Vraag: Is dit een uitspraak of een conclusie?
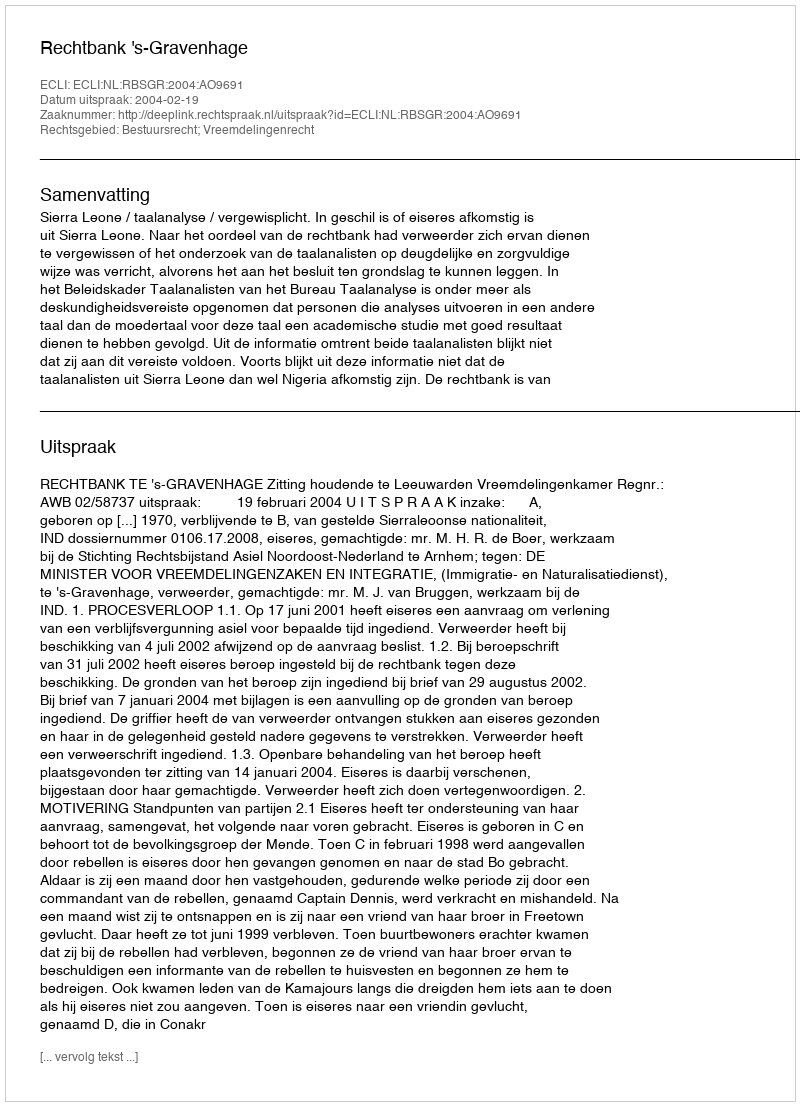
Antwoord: Uitspraak